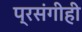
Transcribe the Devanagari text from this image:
प्रसंगीही